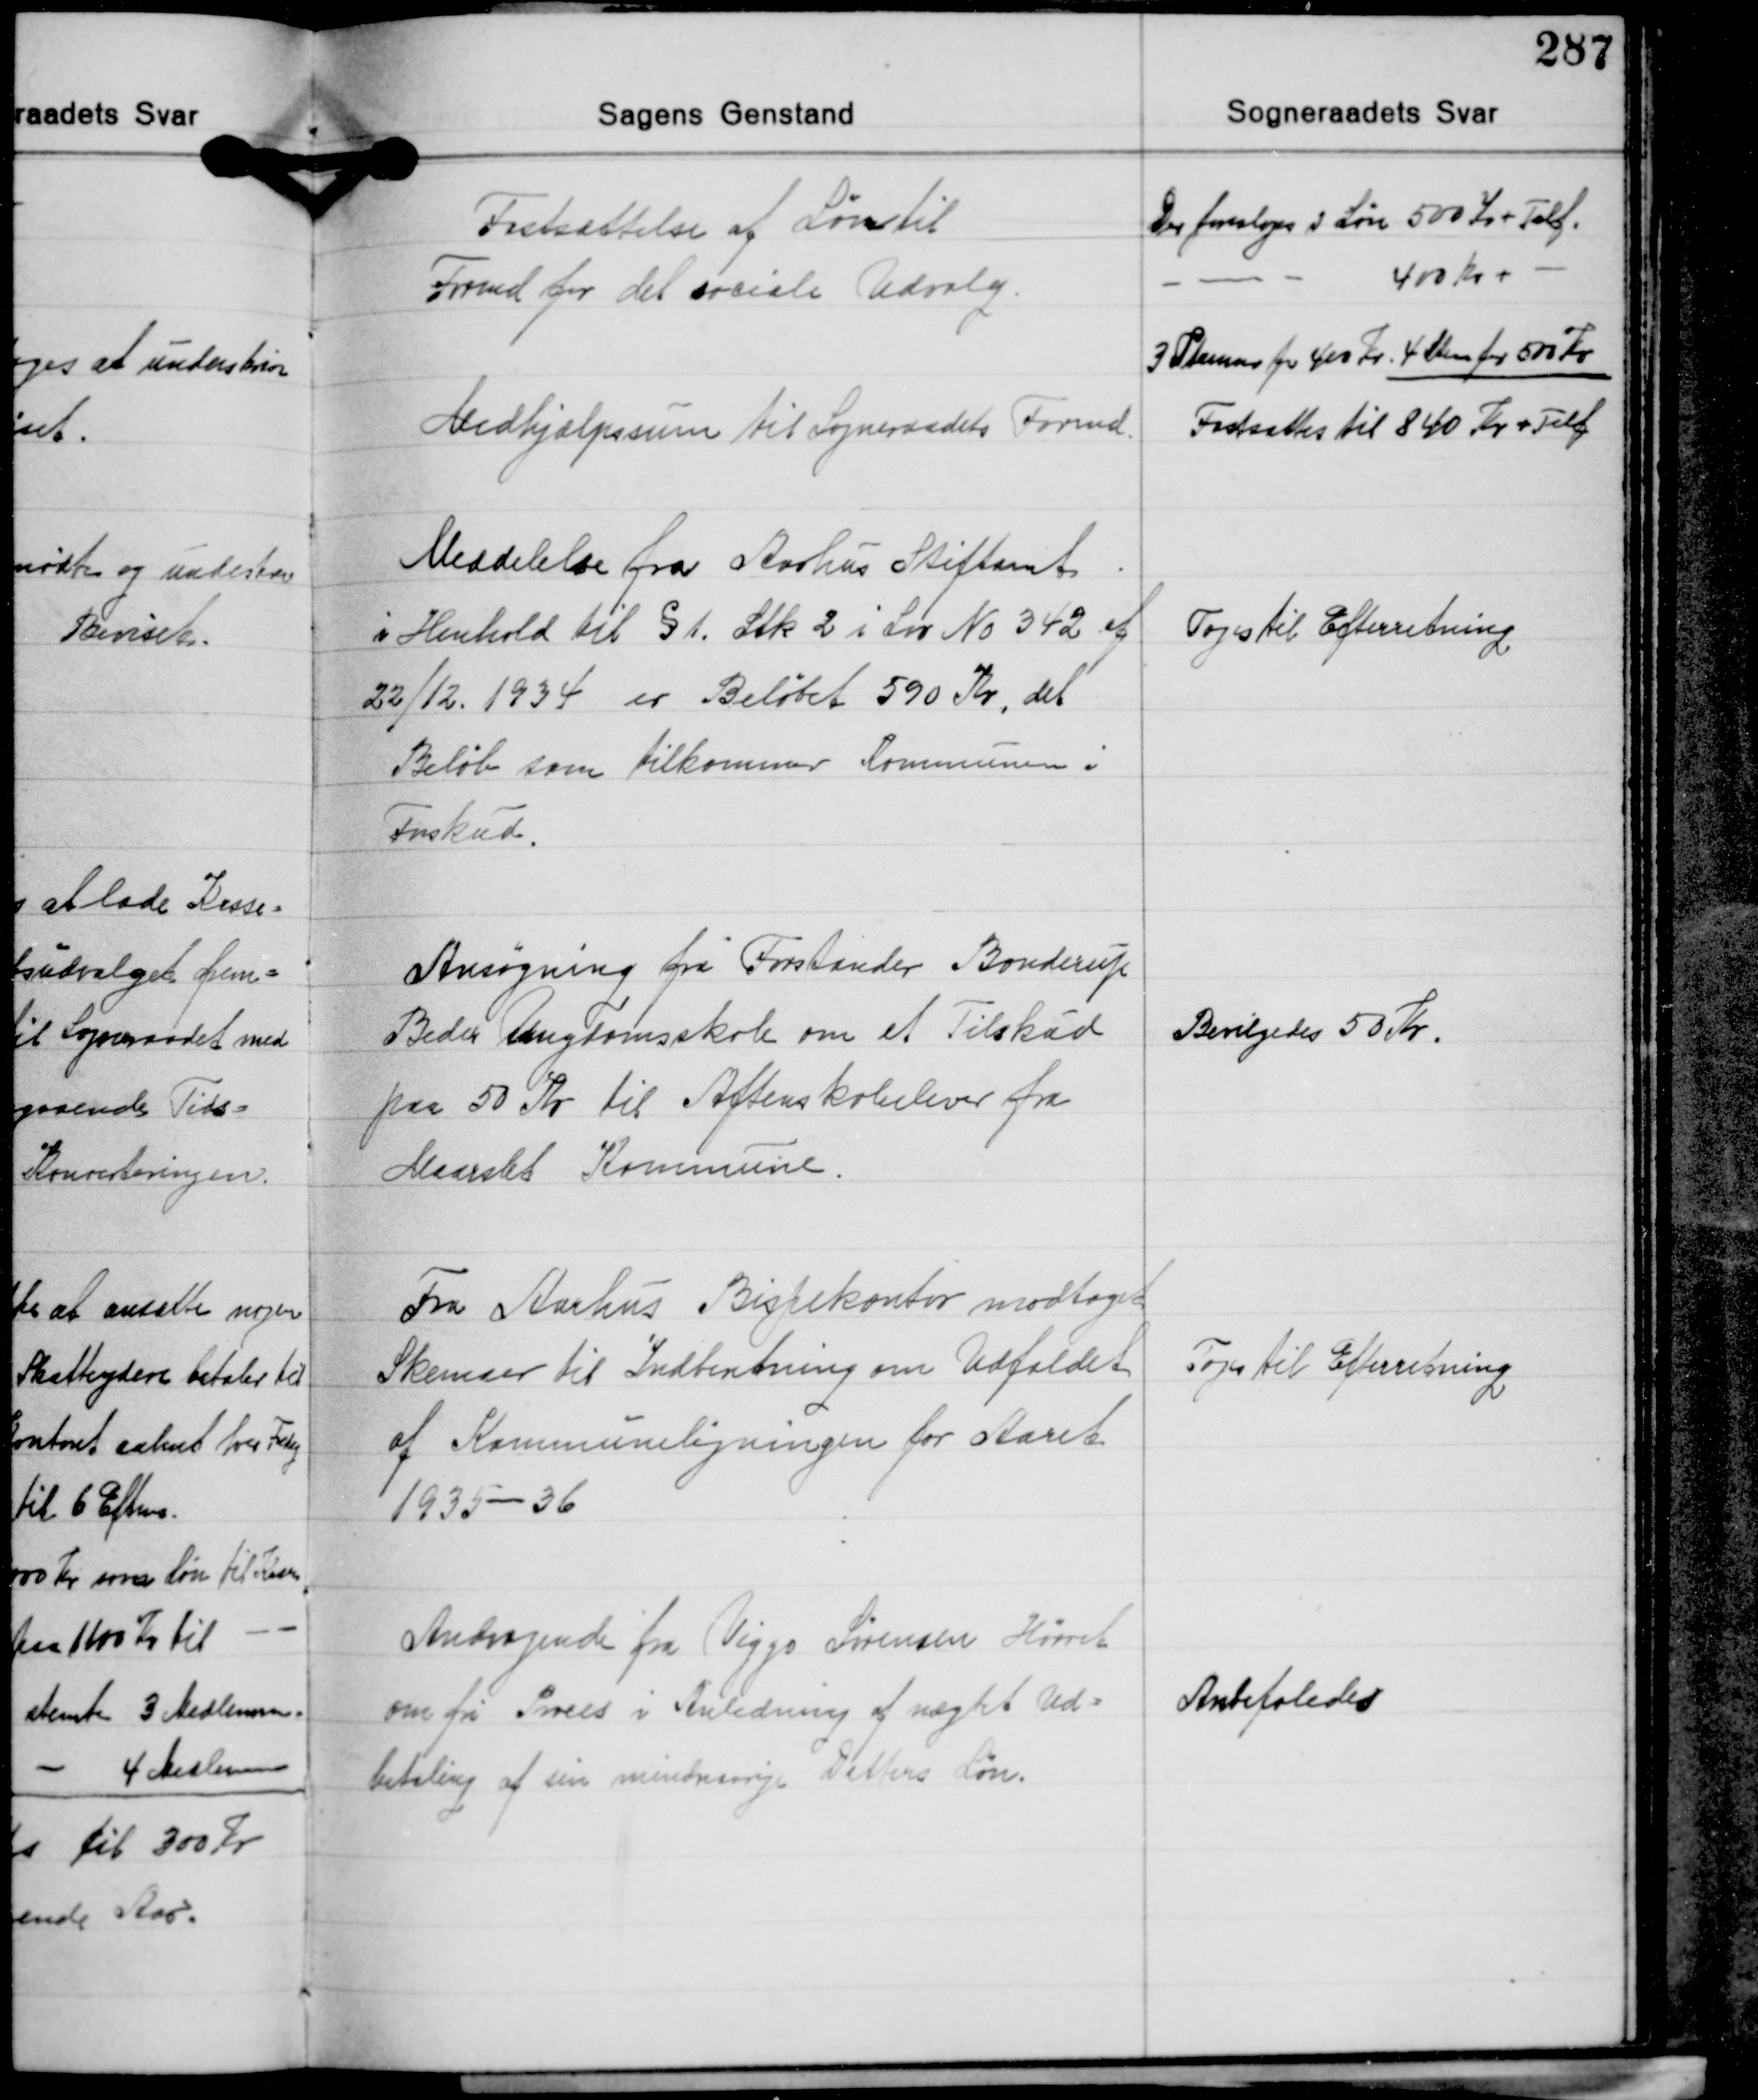
Transskription:
Fastsættelse af Løn til
Formd. for det sociale Udvalg.

Der foresloges i Løn 500 Kr. + Telf.
- - - - 400 Kr. + -
3 Stemmer for 400 Kr. 4 Stem. for 500 Kr.

Medhjælpssum til Sogneraadets Formd.

Fastsattes til 840 Kr. + Telf.

Meddelelse fra Aarhus Stiftamt
i Henhold til § 1. Stk 2 i Lov No 342 af
22/12 1934 er Beløbet 590 Kr, det
Beløb som tilkommer Kommunen i
Forskud.

Toges til Efterretning

Ansøgning fra Forstander Bonderup
Beder Ungdomsskole om et Tilskud
paa 50 Kr til Aftenskoleelever fra
Maarslet Kommune.

Bevilgedes 50 Kr.

Fra Aarhus Bispekontor modtoges
Skemaer til Indberetning om Udfaldet
af Kommuneligningen for Aaret
1935-36

Toges til Efterretning

Andragende fra Viggo Sørensen Hørret
om fir Proces i Anledning af nægtet Ud-
betaling af sin mindreaarige Datters Løn.

Anbefaledes